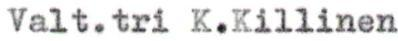
Valt.tri K.Killinen